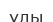
үлы